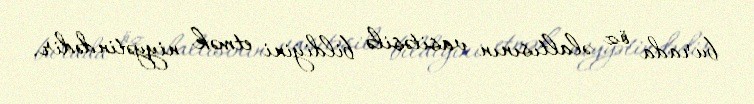
burada öz əlaltısının vasitəsilə bildiyini etmək niyyətindədir.